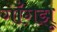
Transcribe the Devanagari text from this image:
गाँगझू